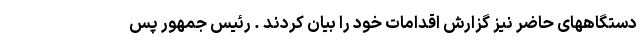
دستگاههای حاضر نیز گزارش اقدامات خود را بیان کردند . رئیس جمهور پس